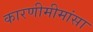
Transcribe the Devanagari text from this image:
कारणीमीमांसा